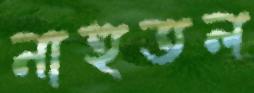
নাহুতল